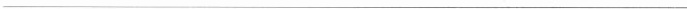
___